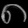
Digit: ၈